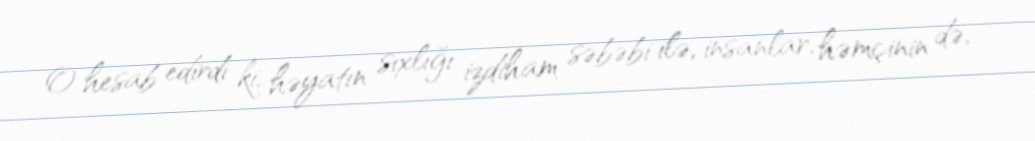
O hesab edirdi ki, həyatın sıxlığı izdiham səbəbi ilə, insanlar, həmçinin də,